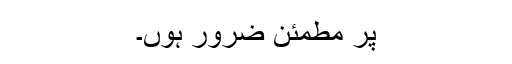
پر مطمئن ضرور ہوں۔